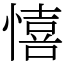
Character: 憘